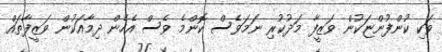
ވަކި ކުންފުންޏަކުން ވަޒީފާ މަދުކުރި ނަމަވެސް ކޮންމެ ވެސް އެހެން ދިމާއަކުން ވަޒީފާތައް